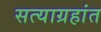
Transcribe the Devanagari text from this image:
सत्याग्रहांत